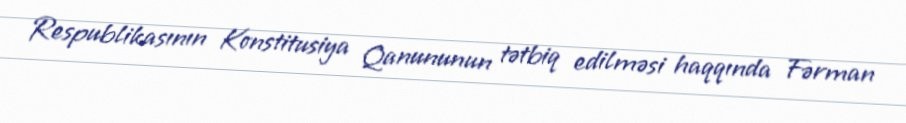
Respublikasının Konstitusiya Qanununun tətbiq edilməsi haqqında Fərman